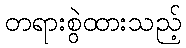
တရားစွဲထားသည့်